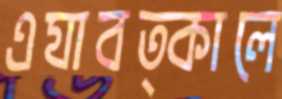
এযাবত্কালে